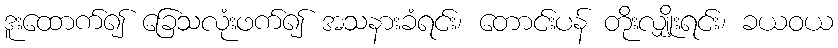
ဒူးထောက်၍ ခြေသလုံးဖက်၍ အသနားခံရင်း၊ တောင်းပန် တိုးလျှိုးရင်း၊ ခယဝယ